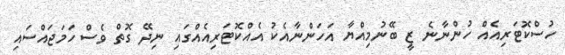
ހުސްކޮޓަރިއެއް ހުންނާނެ ޒީ ބޭނުމިއްޔާ އަހަންނާއެކު އެއްކޮޓަރިއެއްގައި ނިދޭ ގޮތް ވެސް ހަމަޖައްސައި